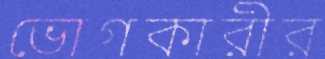
ভোগকারীর